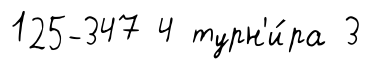
125-347 4 турн'и́ра 3